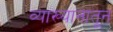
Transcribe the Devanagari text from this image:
व्याख्यानातून